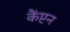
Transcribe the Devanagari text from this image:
कैंप्टन